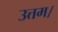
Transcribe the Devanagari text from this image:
उत्तम।